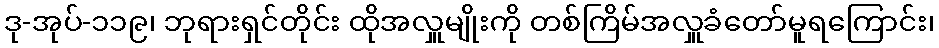
ဒု-အုပ်-၁၁၉၊ ဘုရားရှင်တိုင်း ထိုအလှူမျိုးကို တစ်ကြိမ်အလှူခံတော်မူရကြောင်း၊